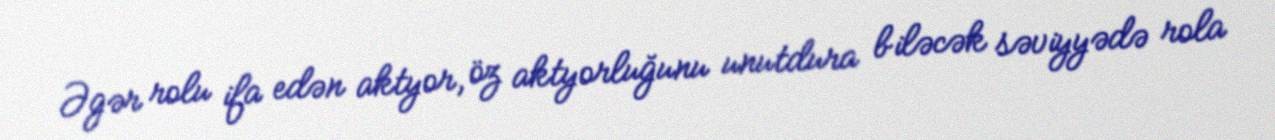
Əgər rolu ifa edən aktyor, öz aktyorluğunu unutdura biləcək səviyyədə rola